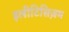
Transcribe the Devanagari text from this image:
इलीटिसिज़म